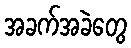
အခက်အခဲတွေ